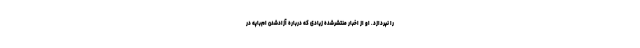
را نپردازد. او از اخبار منتشرشده زیادی که درباره آزادشدن ام‌باپه در